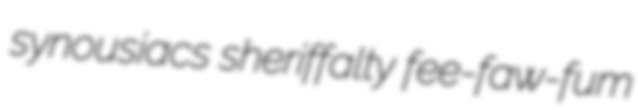
synousiacs sheriffalty fee-faw-fum